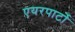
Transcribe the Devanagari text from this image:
एयरपार्टो